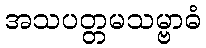
အသပတ္တမသမ္ဗာဓံ